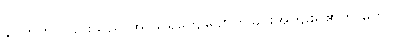
နိဂ္ဂဟိတ်ပြုခြင်းသည် အ သရကျေပျောက်ခြင်းအကျိုးရှိ၏ဟု မှတ်။